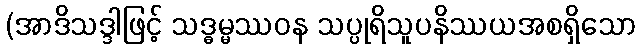
(အာဒိသဒ္ဒါဖြင့် သဒ္ဓမ္မဿဝန သပ္ပုရိသူပနိဿယအစရှိသော